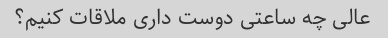
عالی چه ساعتی دوست داری ملاقات کنیم؟